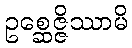
ဥစ္ဆေဇ္ဇိဿာမိ